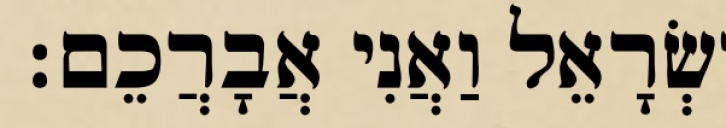
יִשְׂרָאֵל וַאֲנִי אֲבָרֲכֵם׃